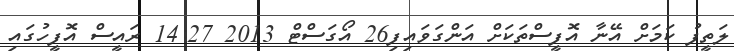
ލަތީފު ކަމަށް އޭނާ އޮފީސްތަކަށް އަންގަވައިފި26 އޯގަސްޓް 2013 14:27 ރައީސް އޮފީހުގައި